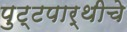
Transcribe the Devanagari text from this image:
पुट्टपार्थीचे